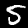
Label: 5